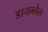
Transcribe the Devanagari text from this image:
डायब्लेल